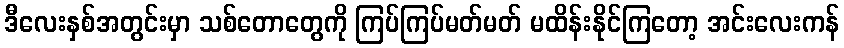
ဒီလေးနှစ်အတွင်းမှာ သစ်တောတွေကို ကြပ်ကြပ်မတ်မတ် မထိန်းနိုင်ကြတော့ အင်းလေးကန်